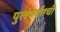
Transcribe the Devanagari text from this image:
पुलंपर्यंतची